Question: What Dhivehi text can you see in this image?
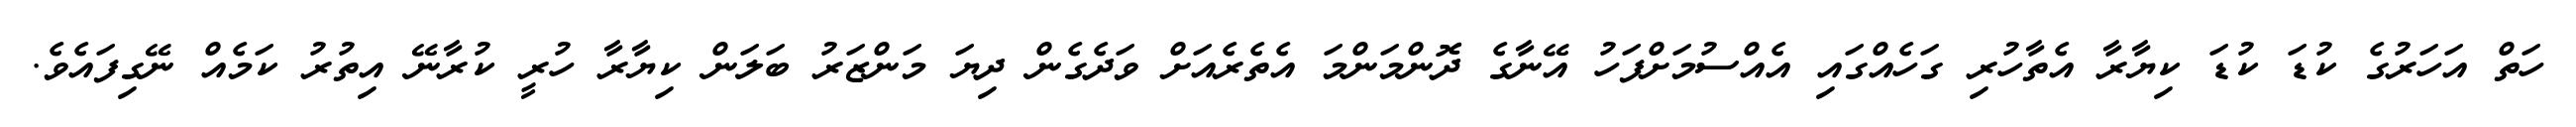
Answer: ހަތް އަހަރުގެ ކުޑަ ކުޑަ ކިޔާރާ އެތާހުރި ގަހެއްގައި އެއްސުމަށްފަހު އޭނާގެ ދޮންމަންމަ އެތެރެއަށް ވަދެގެން ދިޔަ މަންޒަރު ބަލަން ކިޔާރާ ހުރީ ކުރާނޭ އިތުރު ކަމެއް ނޭގިފައެވެ.